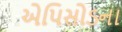
એપિસોડના